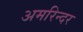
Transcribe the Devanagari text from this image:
अमरिन्दर